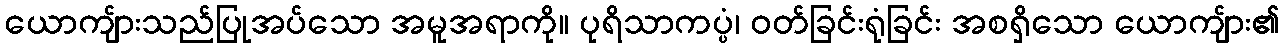
ယောကျ်ားသည်ပြုအပ်သော အမူအရာကို။ ပုရိသာကပ္ပံ၊ ဝတ်ခြင်းရုံခြင်း အစရှိသော ယောကျ်ား၏